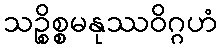
သဉ္စိစ္စမနုဿဝိဂ္ဂဟံ